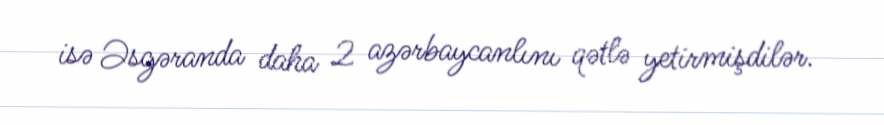
isə Əsgəranda daha 2 azərbaycanlını qətlə yetirmişdilər.